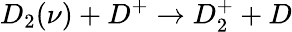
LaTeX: D_{2}(\nu)+D^{+}\rightarrow D_{2}^{+}+D